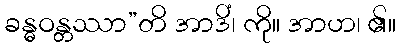
ခန္ဓဝန္တဿာ”တိ အာဒိံ၊ ကို။ အာဟ၊ ၏။